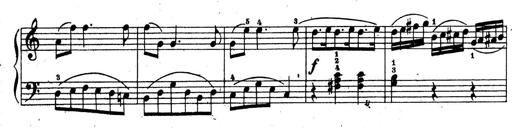
Title: 10 Sonatinas
Composer: Fritz Spindler